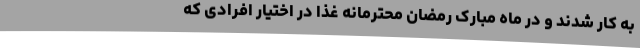
به کار شدند و در ماه مبارک رمضان محترمانه غذا در اختیار افرادی که